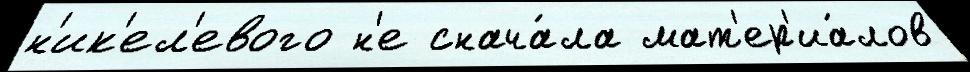
н'ик'ел'евого н'е снача́ла мат'ер'иа́лов